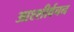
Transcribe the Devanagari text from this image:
आश्शीर्वचन